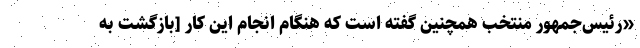
«رئیس‌جمهور منتخب همچنین گفته است که هنگام انجام این کار [بازگشت به